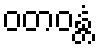
ဝတဝန္တံ